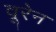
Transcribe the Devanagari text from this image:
वूरेन